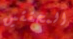
المحققين